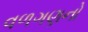
વળગણનો